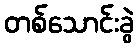
တစ်သောင်းခွဲ